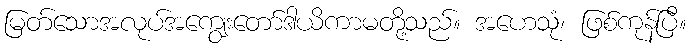
မြတ်သောအလုပ်အကျွေးတော်ဒါယိကာမတို့သည်။ အဟေသုံ၊ ဖြစ်ကုန်ပြီ။